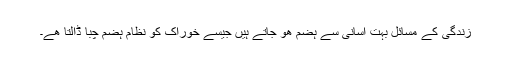
زندگی کے مسائل بہت آسانی سے ہضم ھو جاتے ہیں جیسے خوراک کو نظام ہضم چبا ڈالتا ھے۔